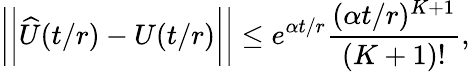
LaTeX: \bigg\vert\bigg\vert\widehat{U}(t/r)-U(t/r)\bigg\vert\bigg\vert\le e^{\alpha t/r}\frac{(\alpha t/r)^{K+1}}{(K+1)!},